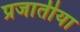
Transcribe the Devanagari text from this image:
प्रजातीया